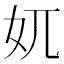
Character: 𡚲